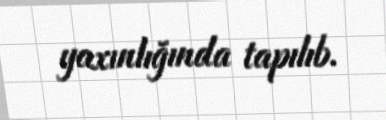
yaxınlığında tapılıb.